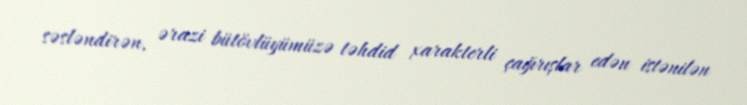
səsləndirən, ərazi bütövlüyümüzə təhdid xarakterli çağırışlar edən istənilən